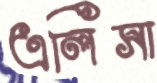
এলিসা